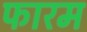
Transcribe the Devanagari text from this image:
फारम